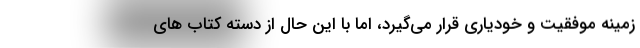
زمینه موفقیت و خودیاری قرار می‌گیرد، اما با این حال از دسته کتاب های